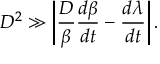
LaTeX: D ^ { 2 } \gg \left| \frac { D } { \beta } \frac { d \beta } { d t } - \frac { d \lambda } { d t } \right| .